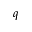
q